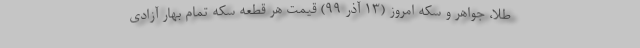
طلا، جواهر و سکه امروز (۱۳ آذر ۹۹) قیمت هر قطعه سکه تمام بهار آزادی